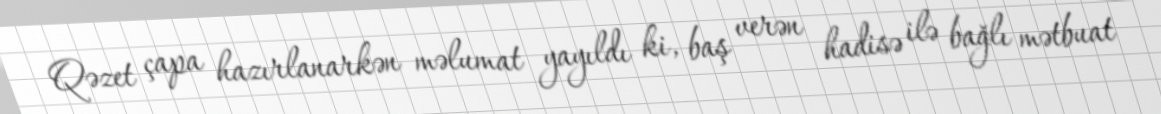
Qəzet çapa hazırlanarkən məlumat yayıldı ki, baş verən hadisə ilə bağlı mətbuat